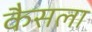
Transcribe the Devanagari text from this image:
कैसला